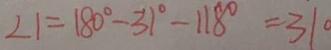
\angle 1 = 1 8 0 ^ { \circ } - 3 1 ^ { \circ } - 1 1 8 ^ { \circ } = 3 1 ^ { \circ }